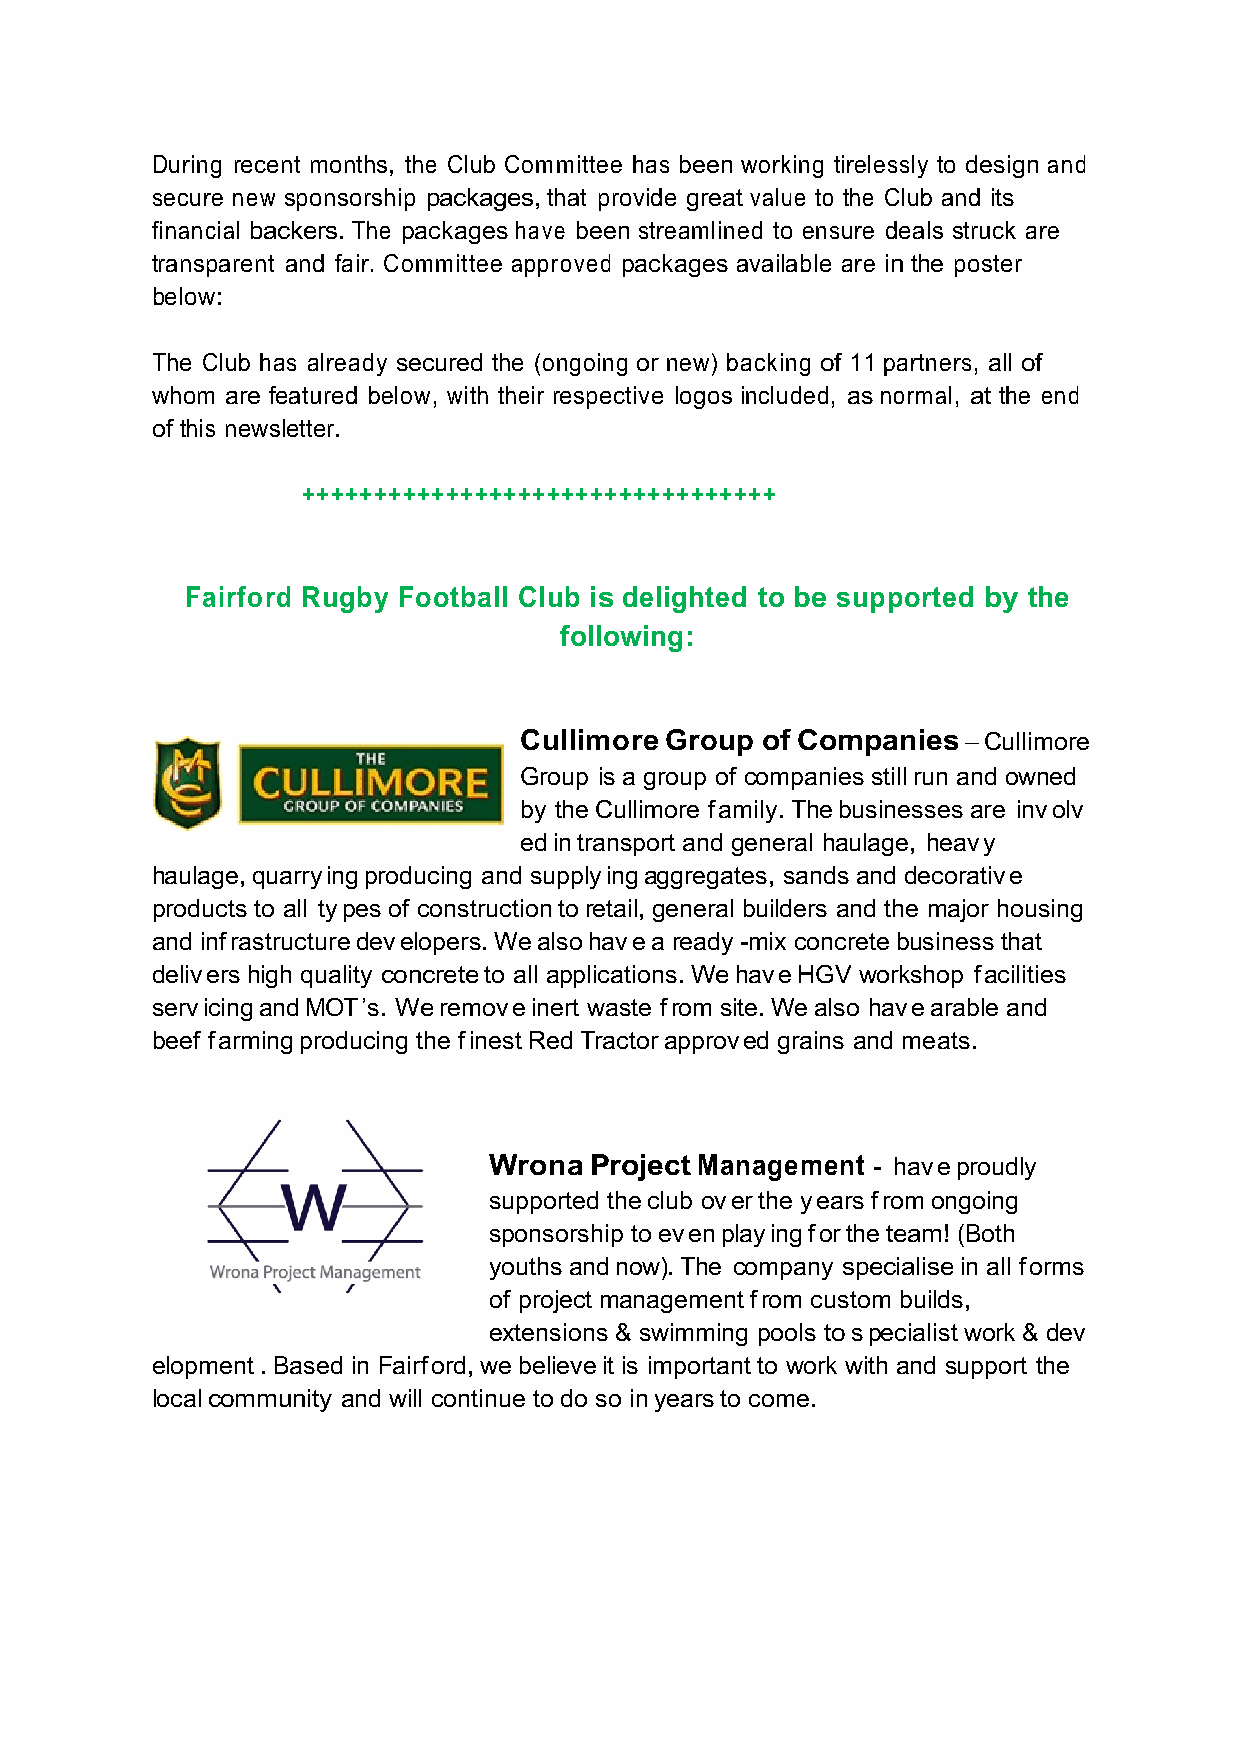
During recent months, the Club Committee has been working tirelessly to design and
 secure new sponsorship packages, that provide great value to the Club and its
 financial backers. The packages have been streamlined to ensure deals struck are
 transparent and fair. Committee approved packages available are in the poster
 below:
 The Club has already secured the (ongoing or new) backing of 11 partners, all of
 whom are featured below, with their respective logos included, as normal, at the end
 of this newsletter.
 +++++++++++++++++++++++++++++++++
 Fairford Rugby Football Club is delighted to be supported by the
 following:
 Cullimore Group of Companies  – Cullimore
 Group is a group of companies still run and owned
 by the Cullimore f amily. The businesses are inv olv
 ed in transport and general haulage, heav y
 haulage, quarry ing producing and supply ing aggregates, sands and decorativ e
 products to all ty pes of construction to retail, general builders and the major housing
 and inf rastructure dev elopers. We also hav e a ready -mix concrete business that
 deliv ers high quality concrete to all applications. We hav e HGV workshop f acilities
 serv icing and MOT ’s. We remov e inert waste f rom site. We also hav e arable and
 beef f arming producing the f inest Red Tractor approv ed grains and meats.
 Wrona  Project Management - hav e proudly
 supported the club ov er the y ears f rom ongoing
 sponsorship to ev en play ing f or the team! (Both
 youths and now). The company specialise in all f orms
 of project management f rom custom builds,
 extensions & swimming pools to s pecialist work & dev
 elopment . Based in Fairf ord, we believe it is important to work with and support the
 local community and will continue to do so in years to come.